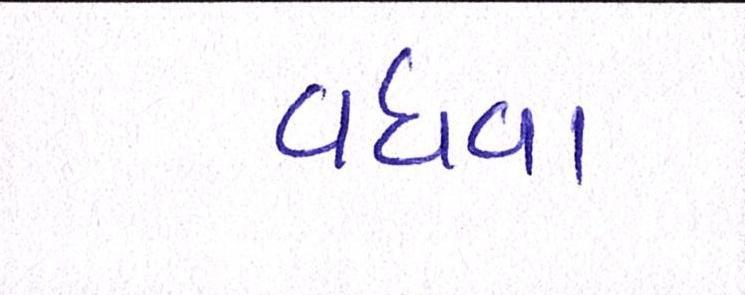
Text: વધવા